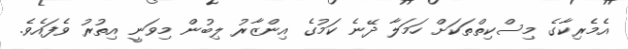
އެމެރިކާގެ މިސްކިތްތަކަށް ހަމަލާ ދޭނެ ކަމުގެ އިންޒާރު ލިބުން މިވަނީ އިތުރު ވެފައެވެ.